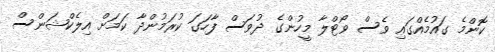
ކޮންމެ ގައުމެއްގައި ވެސް ވޯޓްލާ މީހުންގެ ދުވަސް ފާހަގަ ކުރަމުންދާ ކަމަށް އިލެކްޝަންސް